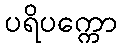
ပရိပက္ကော